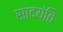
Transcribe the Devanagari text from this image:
सादयंति